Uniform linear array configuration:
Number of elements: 24
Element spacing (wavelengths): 0.5
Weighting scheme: blackman
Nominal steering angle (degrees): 15
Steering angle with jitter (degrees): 16.559
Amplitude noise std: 0.05
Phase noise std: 0.05

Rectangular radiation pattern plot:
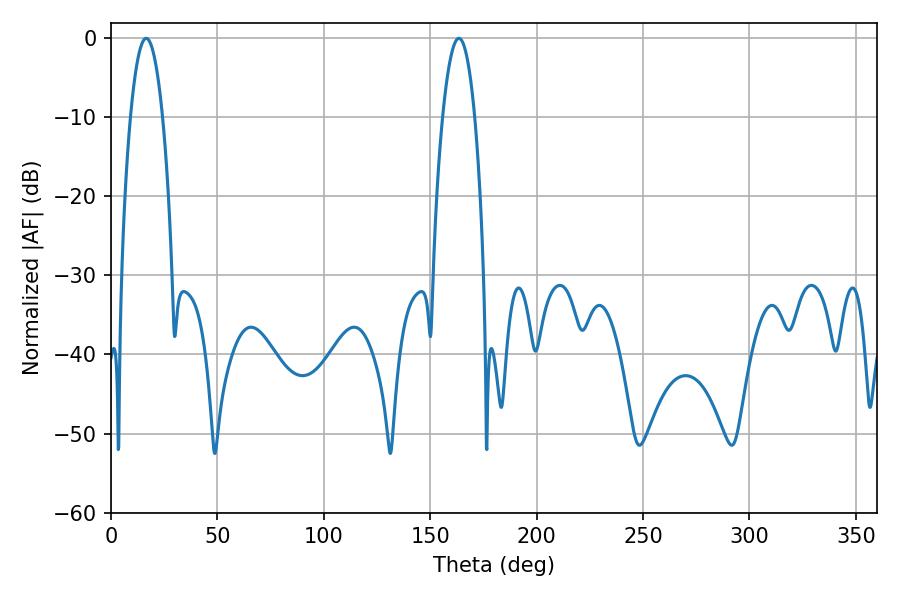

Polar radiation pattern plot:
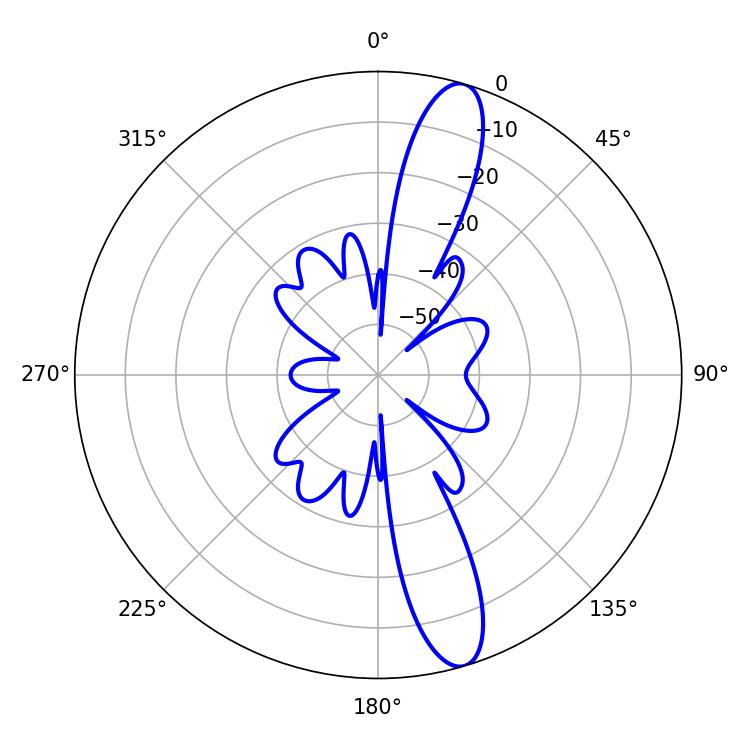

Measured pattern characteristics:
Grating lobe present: FALSE
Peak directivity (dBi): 13.52
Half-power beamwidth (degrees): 8.28
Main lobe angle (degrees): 16.56